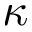
\kappa